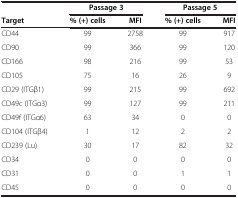
<table><thead><tr><td><b> </b></td><td colspan="2"><b>Passage 3</b></td><td colspan="2"><b>Passage 5</b></td></tr><tr><td><b>Target</b></td><td><b>% (+) cells</b></td><td><b>MFI</b></td><td><b>% (+) cells</b></td><td><b>MFI</b></td></tr></thead><tbody><tr><td>CD44</td><td>99</td><td>2758</td><td>99</td><td>917</td></tr><tr><td>CD90</td><td>99</td><td>366</td><td>99</td><td>120</td></tr><tr><td>CD166</td><td>98</td><td>216</td><td>99</td><td>53</td></tr><tr><td>CD105</td><td>75</td><td>16</td><td>26</td><td>9</td></tr><tr><td>CD29 (ITGβ1)</td><td>99</td><td>215</td><td>99</td><td>692</td></tr><tr><td>CD49c (ITGα3)</td><td>99</td><td>127</td><td>99</td><td>211</td></tr><tr><td>CD49f (ITGα6)</td><td>63</td><td>34</td><td>0</td><td>0</td></tr><tr><td>CD104 (ITGβ4)</td><td>1</td><td>12</td><td>2</td><td>2</td></tr><tr><td>CD239 (Lu)</td><td>30</td><td>17</td><td>82</td><td>32</td></tr><tr><td>CD34</td><td>0</td><td>0</td><td>0</td><td>0</td></tr><tr><td>CD31</td><td>0</td><td>0</td><td>1</td><td>1</td></tr><tr><td>CD45</td><td>0</td><td>0</td><td>0</td><td>0</td></tr></tbody></table>